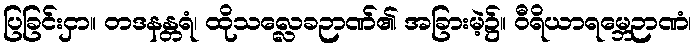
ပြခြင်းငှာ။ တဒနန္တရံ၊ ထိုသလ္လေခဉာဏ်၏ အခြားမဲ့၌။ ဝီရိယာရမ္ဘေဉာဏံ၊